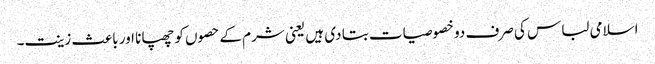
اسلامی لباس کی صرف دو خصوصیات بتا دی ہیں یعنی شرم کے حصوں کو چھپانا اور باعث زینت۔